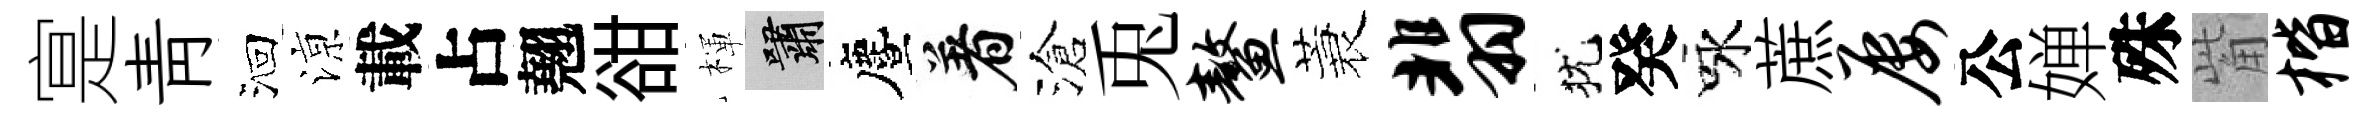
寔靑洄鿌載占翹𧮳楎嘯󵨌着滄兎鳌蓑翡犹癸咏蔗屡公婵殊觜楷